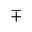
\mp